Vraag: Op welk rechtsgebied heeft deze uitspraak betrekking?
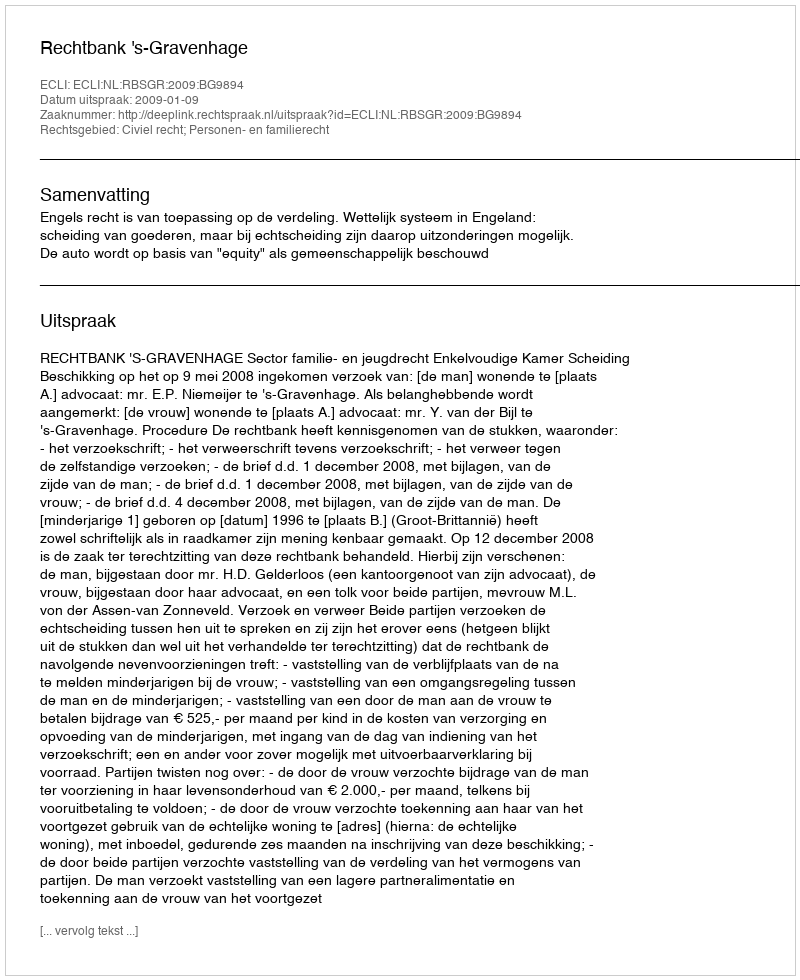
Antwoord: Civiel recht; Personen- en familierecht